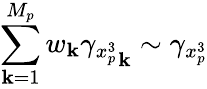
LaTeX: \sum_{\mathbf{k}=1}^{M_{p}}w_{\mathbf{k}}{\gamma_{x_{p}^{3}}}_{\mathbf{k}}\sim\gamma_{x_{p}^{3}}